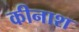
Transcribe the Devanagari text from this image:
कीनाश